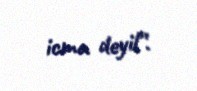
icma deyil”.